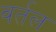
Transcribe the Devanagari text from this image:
वर्तल